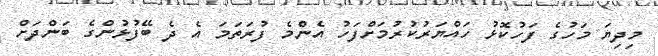
މިދިޔަ މަހުގެ ފަހުކޮޅު ހައްޔަރުކުރުމަށްފަހު އެންމެ ފުރަތަމަ އެ ދެ ބޭފުޅުންގެ ބަންދަށް